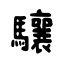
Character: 驤